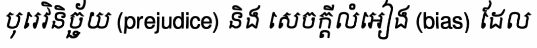
បុរេវិនិច្ឆ័យ (prejudice) និង សេចក្តីលំអៀង (bias) ដែល